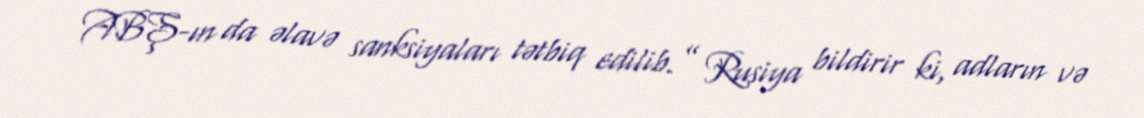
ABŞ-ın da əlavə sanksiyaları tətbiq edilib.” Rusiya bildirir ki, adların və